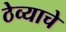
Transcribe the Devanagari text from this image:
ठेव्याचे